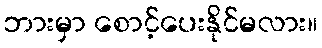
ဘားမှာ စောင့်ပေးနိုင်မလား။